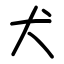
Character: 犬